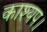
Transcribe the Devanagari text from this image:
काश्यप।